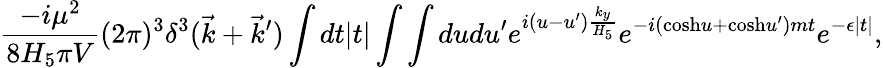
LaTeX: {\frac{-i\mu^{2}}{8H_{5}\pi V}}(2\pi)^{3}\delta^{3}(\vec{k}+\vec{k}^{\prime})\int dt|t|\int\int dudu^{\prime}e^{i(u-u^{\prime}){\frac{k_{y}}{H_{5}}}}e^{-i(\mathrm{cosh}u+\mathrm{cosh}u^{\prime})mt}e^{-\epsilon|t|},